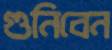
গুনিবেন